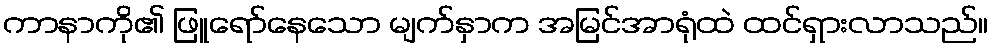
ကာနာကို၏ ဖြူရော်နေသော မျက်နှာက အမြင်အာရုံထဲ ထင်ရှားလာသည်။